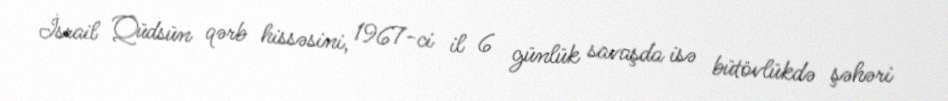
İsrail Qüdsün qərb hissəsini, 1967-ci il 6 günlük savaşda isə bütövlükdə şəhəri